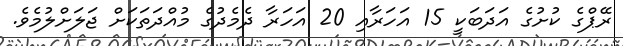
ރޭޕްގެ ކުށުގެ އަދަބަކީ 15 އަހަރާއި 20 އަހަރާ ދެމެދުގެ މުއްދަތަކަށް ޖަލަށްލުމެވެ.